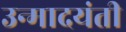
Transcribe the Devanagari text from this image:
उन्मादयंती